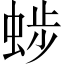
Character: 𧌂